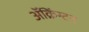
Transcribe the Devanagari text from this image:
ॲक्रिंग्टन